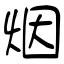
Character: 烟